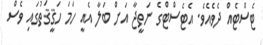
ޓެސްޓެއް ދެވެއެވެ. އެޓެސްޓްގެ ނަތީޖާ އަށް ބަލާ އެއީ ހަމަ ހަޤީޤަތުގައި ވެސް